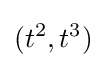
(t^{2},t^{3})